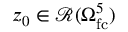
z _ { 0 } \in \mathcal { R } ( \Omega _ { \mathrm { f c } } ^ { 5 } )